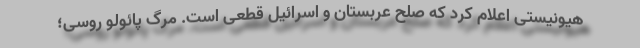
هیونیستی اعلام کرد که صلح عربستان و اسرائیل قطعی است. مرگ پائولو روسی؛